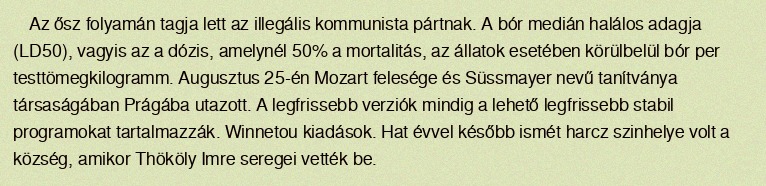
Az ősz folyamán tagja lett az illegális kommunista pártnak. A bór medián halálos adagja (LD50), vagyis az a dózis, amelynél 50% a mortalitás, az állatok esetében körülbelül bór per testtömegkilogramm. Augusztus 25-én Mozart felesége és Süssmayer nevű tanítványa társaságában Prágába utazott. A legfrissebb verziók mindig a lehető legfrissebb stabil programokat tartalmazzák. Winnetou kiadások. Hat évvel később ismét harcz szinhelye volt a község, amikor Thököly Imre seregei vették be.